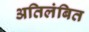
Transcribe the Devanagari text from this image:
अतिलंबित